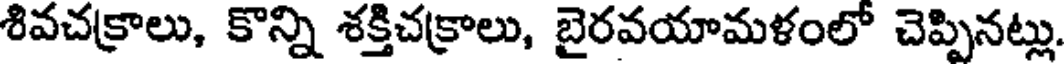
శివచక్రాలు, కొన్ని శక్తిచక్రాలు, బైరవయామళంలో చెప్పినట్లు.